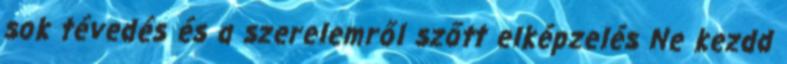
sok tévedés és a szerelemről szőtt elképzelés Ne kezdd